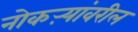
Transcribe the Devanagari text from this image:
नोकऱ्यांवरील